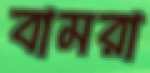
বামরা